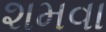
શમવા